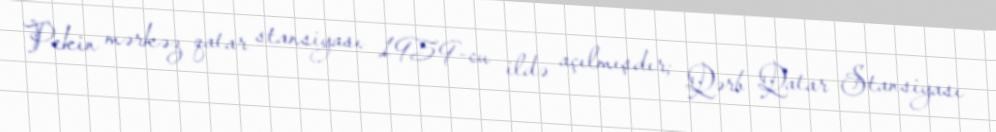
Pekin mərkəz qatar stansiyası 1959-cu ildə açılmışdır; Qərb Qatar Stansiyası